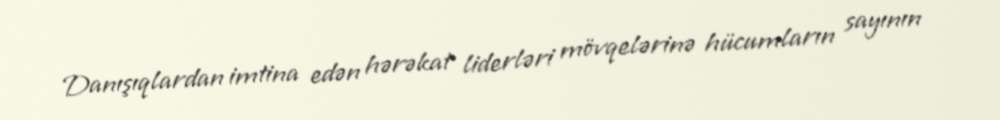
Danışıqlardan imtina edən hərəkat liderləri mövqelərinə hücumların sayının